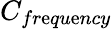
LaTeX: C_{fr\mathrm{e}qu\mathrm{e}ncy}